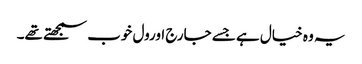
یہ وہ خیال ہے جسے جارج اورول خوب سمجھتے تھے۔